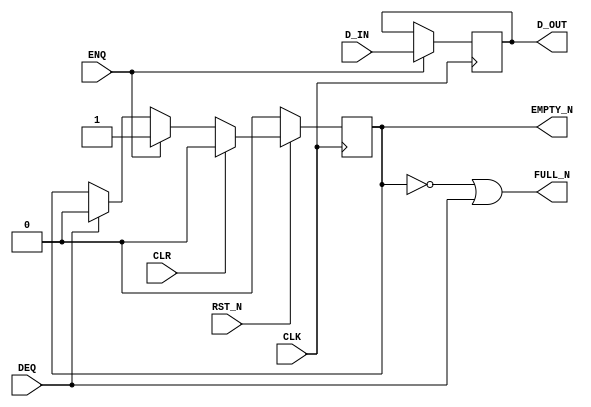
// Copyright 2000--2008 Bluespec, Inc.  All rights reserved.

`ifdef BSV_ASSIGNMENT_DELAY
`else
`define BSV_ASSIGNMENT_DELAY
`endif


// Depth 1 FIFO
// Allows simultaneous ENQ and DEQ (at the expense of potentially
// causing combinational loops).
module FIFOL1(CLK, 
              RST_N, 
              D_IN, 
              ENQ, 
              FULL_N, 
              D_OUT, 
              DEQ, 
              EMPTY_N, 
              CLR);
   // synopsys template   
   parameter             width = 1;

   input                 CLK;
   input                 RST_N;

   input [width - 1 : 0] D_IN;
   input                 ENQ;
   input                 DEQ;
   input                 CLR ;

   output                FULL_N;
   output                 EMPTY_N;
   output [width - 1 : 0] D_OUT;


   
   reg                    empty_reg ;
   reg [width - 1 : 0]    D_OUT;

`ifdef BSV_NO_INITIAL_BLOCKS
`else // not BSV_NO_INITIAL_BLOCKS
   // synopsys translate_off
   initial 
     begin
        D_OUT     <= `BSV_ASSIGNMENT_DELAY {((width + 1)/2) {2'b10}} ;
        empty_reg <= `BSV_ASSIGNMENT_DELAY 1'b0;
     end // initial begin
   // synopsys translate_on
`endif // BSV_NO_INITIAL_BLOCKS

   
   assign FULL_N = !empty_reg || DEQ;
   assign EMPTY_N = empty_reg ;
   
   always@(posedge CLK /* or negedge RST_N */ )
     begin
        if (!RST_N)
           begin
             empty_reg <= `BSV_ASSIGNMENT_DELAY 1'b0;
           end
        else
           begin
              if (CLR)
                begin
                   empty_reg <= `BSV_ASSIGNMENT_DELAY 1'b0;
                end
              else if (ENQ)
                begin
                   empty_reg <= `BSV_ASSIGNMENT_DELAY 1'b1;
                end
              else if (DEQ)
                begin
                   empty_reg <= `BSV_ASSIGNMENT_DELAY 1'b0;
                end // if (DEQ)
           end // else: !if(RST_N == 0)
     end // always@ (posedge CLK or negedge RST_N)   
    
   always@(posedge CLK /* or negedge RST_N */ )
     begin
        // Following section initializes the data registers which
        // may be desired only in some situations.
        // Uncomment to initialize array        
        /*
        if (!RST_N)
          begin
             D_OUT <= `BSV_ASSIGNMENT_DELAY {width {1'b0}} ;
          end
        else
         */
          begin
              if (ENQ)
                D_OUT     <= `BSV_ASSIGNMENT_DELAY D_IN;
           end // else: !if(RST_N == 0)
     end // always@ (posedge CLK or negedge RST_N)
   
   // synopsys translate_off
   always@(posedge CLK)
     begin: error_checks
        reg deqerror, enqerror ;
        
        deqerror =  0;
        enqerror = 0;        
        if ( ! empty_reg && DEQ )
          begin
             deqerror = 1 ;             
             $display( "Warning: FIFOL1: %m -- Dequeuing from empty fifo" ) ;
          end
        if ( ! FULL_N && ENQ && ! DEQ)
          begin
             enqerror =  1 ;             
             $display( "Warning: FIFOL1: %m -- Enqueuing to a full fifo" ) ;
          end
     end
   // synopsys translate_on

endmodule